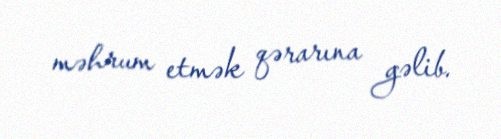
məhrum etmək qərarına gəlib.